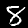
Digit: 8